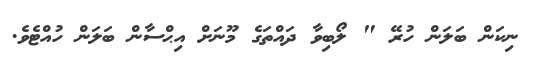
ނިކަން ބަލަން ހުރޭ " ލޯބިވާ ދައްތަގެ މޫނަށް އިޙްސާން ބަލަން ހުއްޓެވެ.